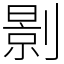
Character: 㔀